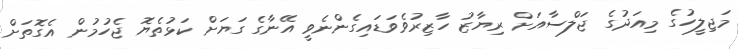
މަޖިލީހުގެ މިއަދުގެ ޖަލްސާއަށް ރިޔާޒު ހާޒިރުވެވަޑައިގެންނެވީ އޭނާގެ ގަޔަށް ކަޅުތެޔޮ ޖެހުމުން އެގޮތަށް